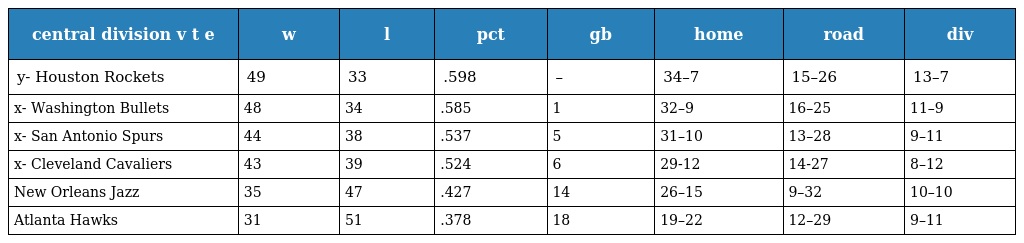
| central division v t e | w | l | pct | gb | home | road | div |
 | --- | --- | --- | --- | --- | --- | --- | --- |
 | y- Houston Rockets | 49 | 33 | .598 | – | 34–7 | 15–26 | 13–7 |
 | x- Washington Bullets | 48 | 34 | .585 | 1 | 32–9 | 16–25 | 11–9 |
 | x- San Antonio Spurs | 44 | 38 | .537 | 5 | 31–10 | 13–28 | 9–11 |
 | x- Cleveland Cavaliers | 43 | 39 | .524 | 6 | 29-12 | 14-27 | 8–12 |
 | New Orleans Jazz | 35 | 47 | .427 | 14 | 26–15 | 9–32 | 10–10 |
 | Atlanta Hawks | 31 | 51 | .378 | 18 | 19–22 | 12–29 | 9–11 |